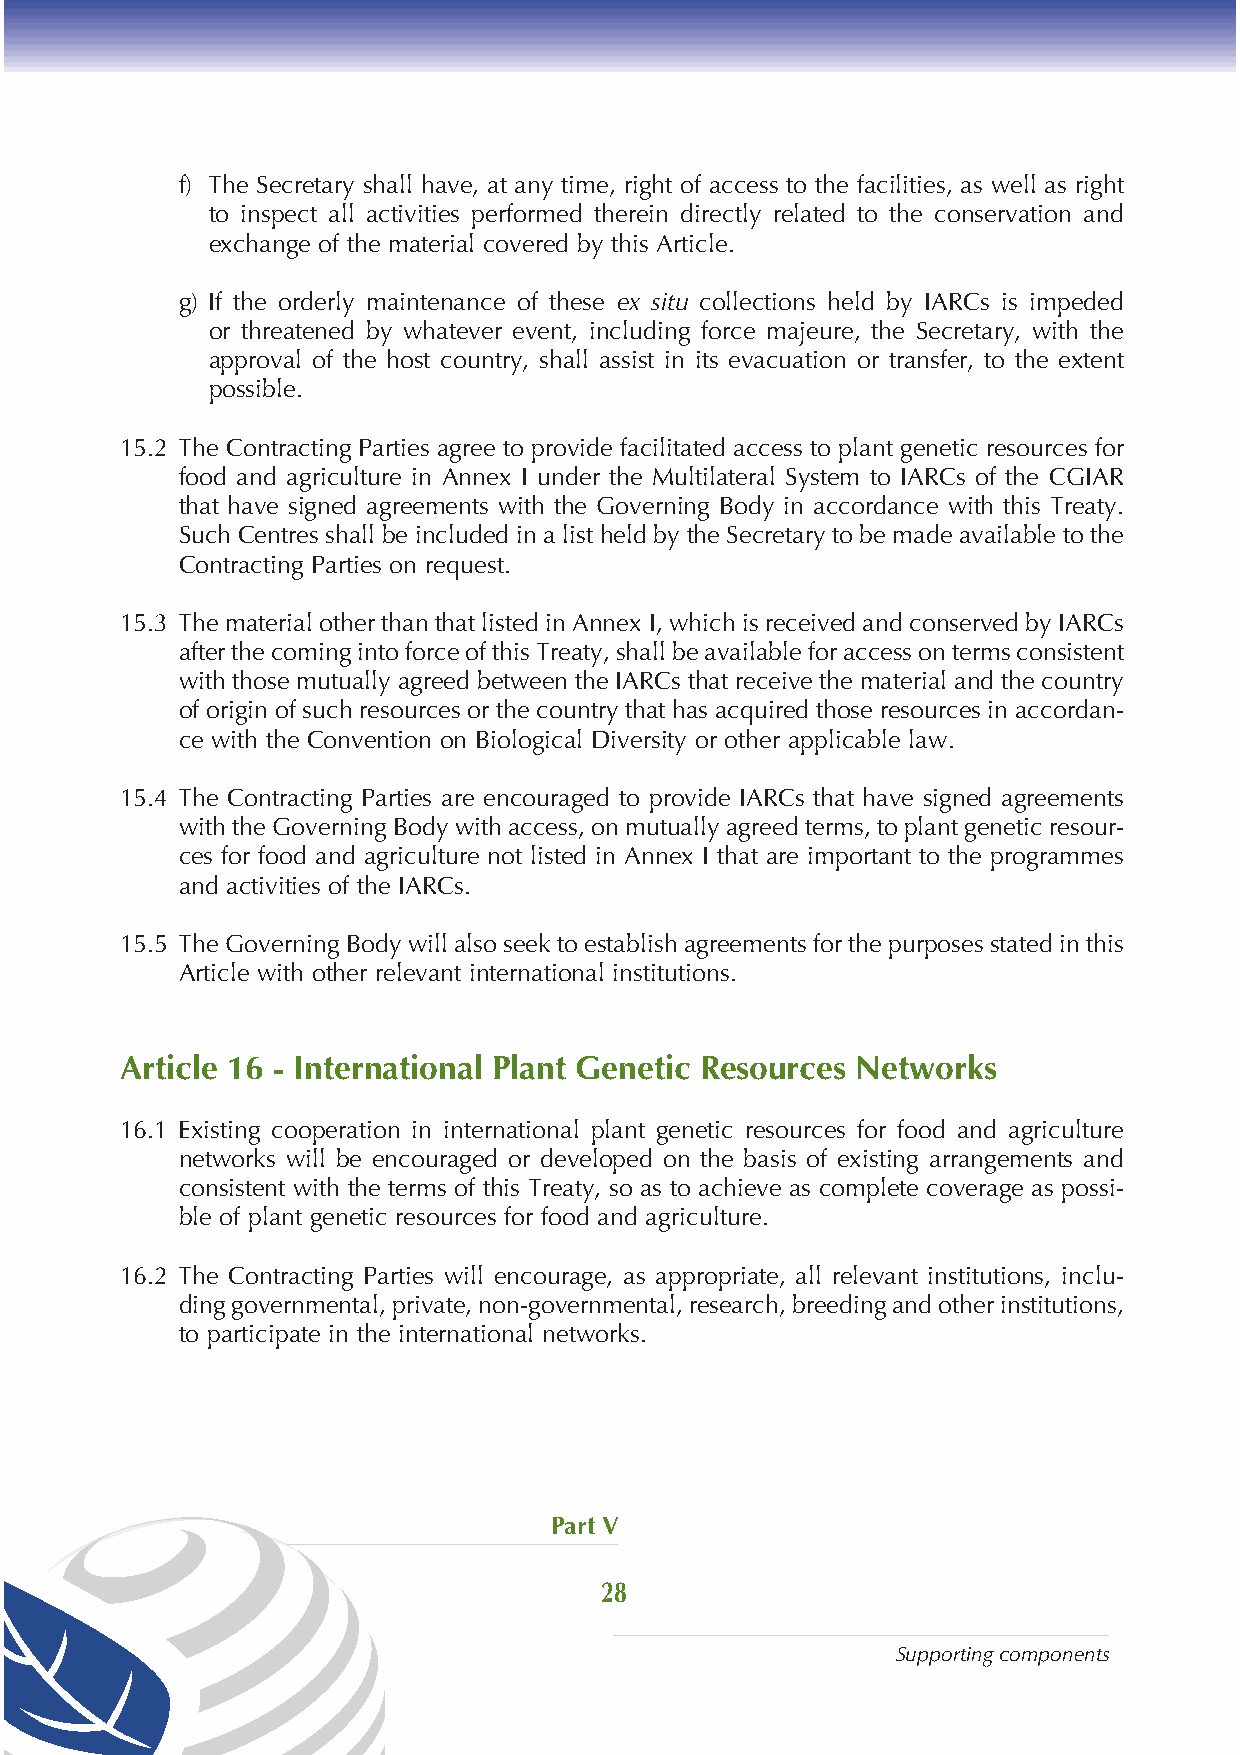
f) The Secretary shall have, at any time, right of access to the facilities, as well as right
 to inspect all activities performed therein directly related to the conservation and
 exchange of the material covered by this Article.
 g) If the orderly maintenance of these ex situ collections held by IARCs is impeded
 or threatened by whatever event, including force majeure, the Secretary, with the
 approval of the host country, shall assist in its evacuation or transfer, to the extent
 possible.
 15.2 The Contracting Parties agree to provide facilitated access to plant genetic resources for
 food and agriculture in Annex I under the Multilateral System to IARCs of the CGIAR
 that have signed agreements with the Governing Body in accordance with this Treaty.
 Such Centres shall be included in a list held by the Secretary to be made available to the
 Contracting Parties on request.
 15.3 The material other than that listed in Annex I, which is received and conserved by IARCs
 after the coming into force of this Treaty, shall be available for access on terms consistent
 with those mutually agreed between the IARCs that receive the material and the country
 of origin of such resources or the country that has acquired those resources in accordan-
 ce with the Convention on Biological Diversity or other applicable law.
 15.4 The Contracting Parties are encouraged to provide IARCs that have signed agreements
 with the Governing Body with access, on mutually agreed terms, to plant genetic resour-
 ces for food and agriculture not listed in Annex I that are important to the programmes
 and activities of the IARCs.
 15.5 The Governing Body will also seek to establish agreements for the purposes stated in this
 Article with other relevant international institutions.
 Article 16 - International Plant Genetic Resources Networks
 16.1 Existing cooperation in international plant genetic resources for food and agriculture
 networks will be encouraged or developed on the basis of existing arrangements and
 consistent with the terms of this Treaty, so as to achieve as complete coverage as possi-
 ble of plant genetic resources for food and agriculture.
 16.2 The Contracting Parties will encourage, as appropriate, all relevant institutions, inclu-
 ding governmental, private, non-governmental, research, breeding and other institutions,
 to participate in the international networks.
 Part V
 28
 Supporting components